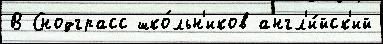
В Снодграсс шко́льн'иков англ'и́йск'ий